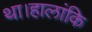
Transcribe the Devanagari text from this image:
था।हालांकि